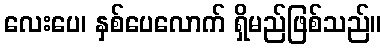
လေးပေ၊ နှစ်ပေလောက် ရှိမည်ဖြစ်သည်။